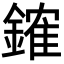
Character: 䥃